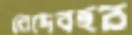
বেদেবহর